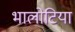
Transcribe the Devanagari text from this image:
भालोटिया